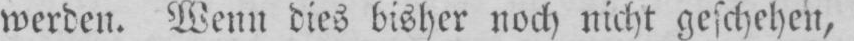
werden. Wenn dies bisher noch nicht geschehen,